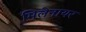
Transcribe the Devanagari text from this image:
मिलेनायर